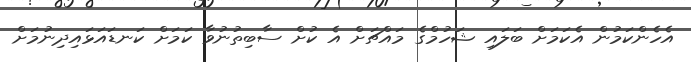
އެހެންކަމުން އެކަމަށް ބަލައި ޝަހުމްގެ މައްޗަށް އެ ކުށް ސާބިތުނުވާ ކަމަށް ކަނޑައަޅައިދިނުމަށް